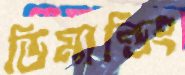
ডিমান্ডিং